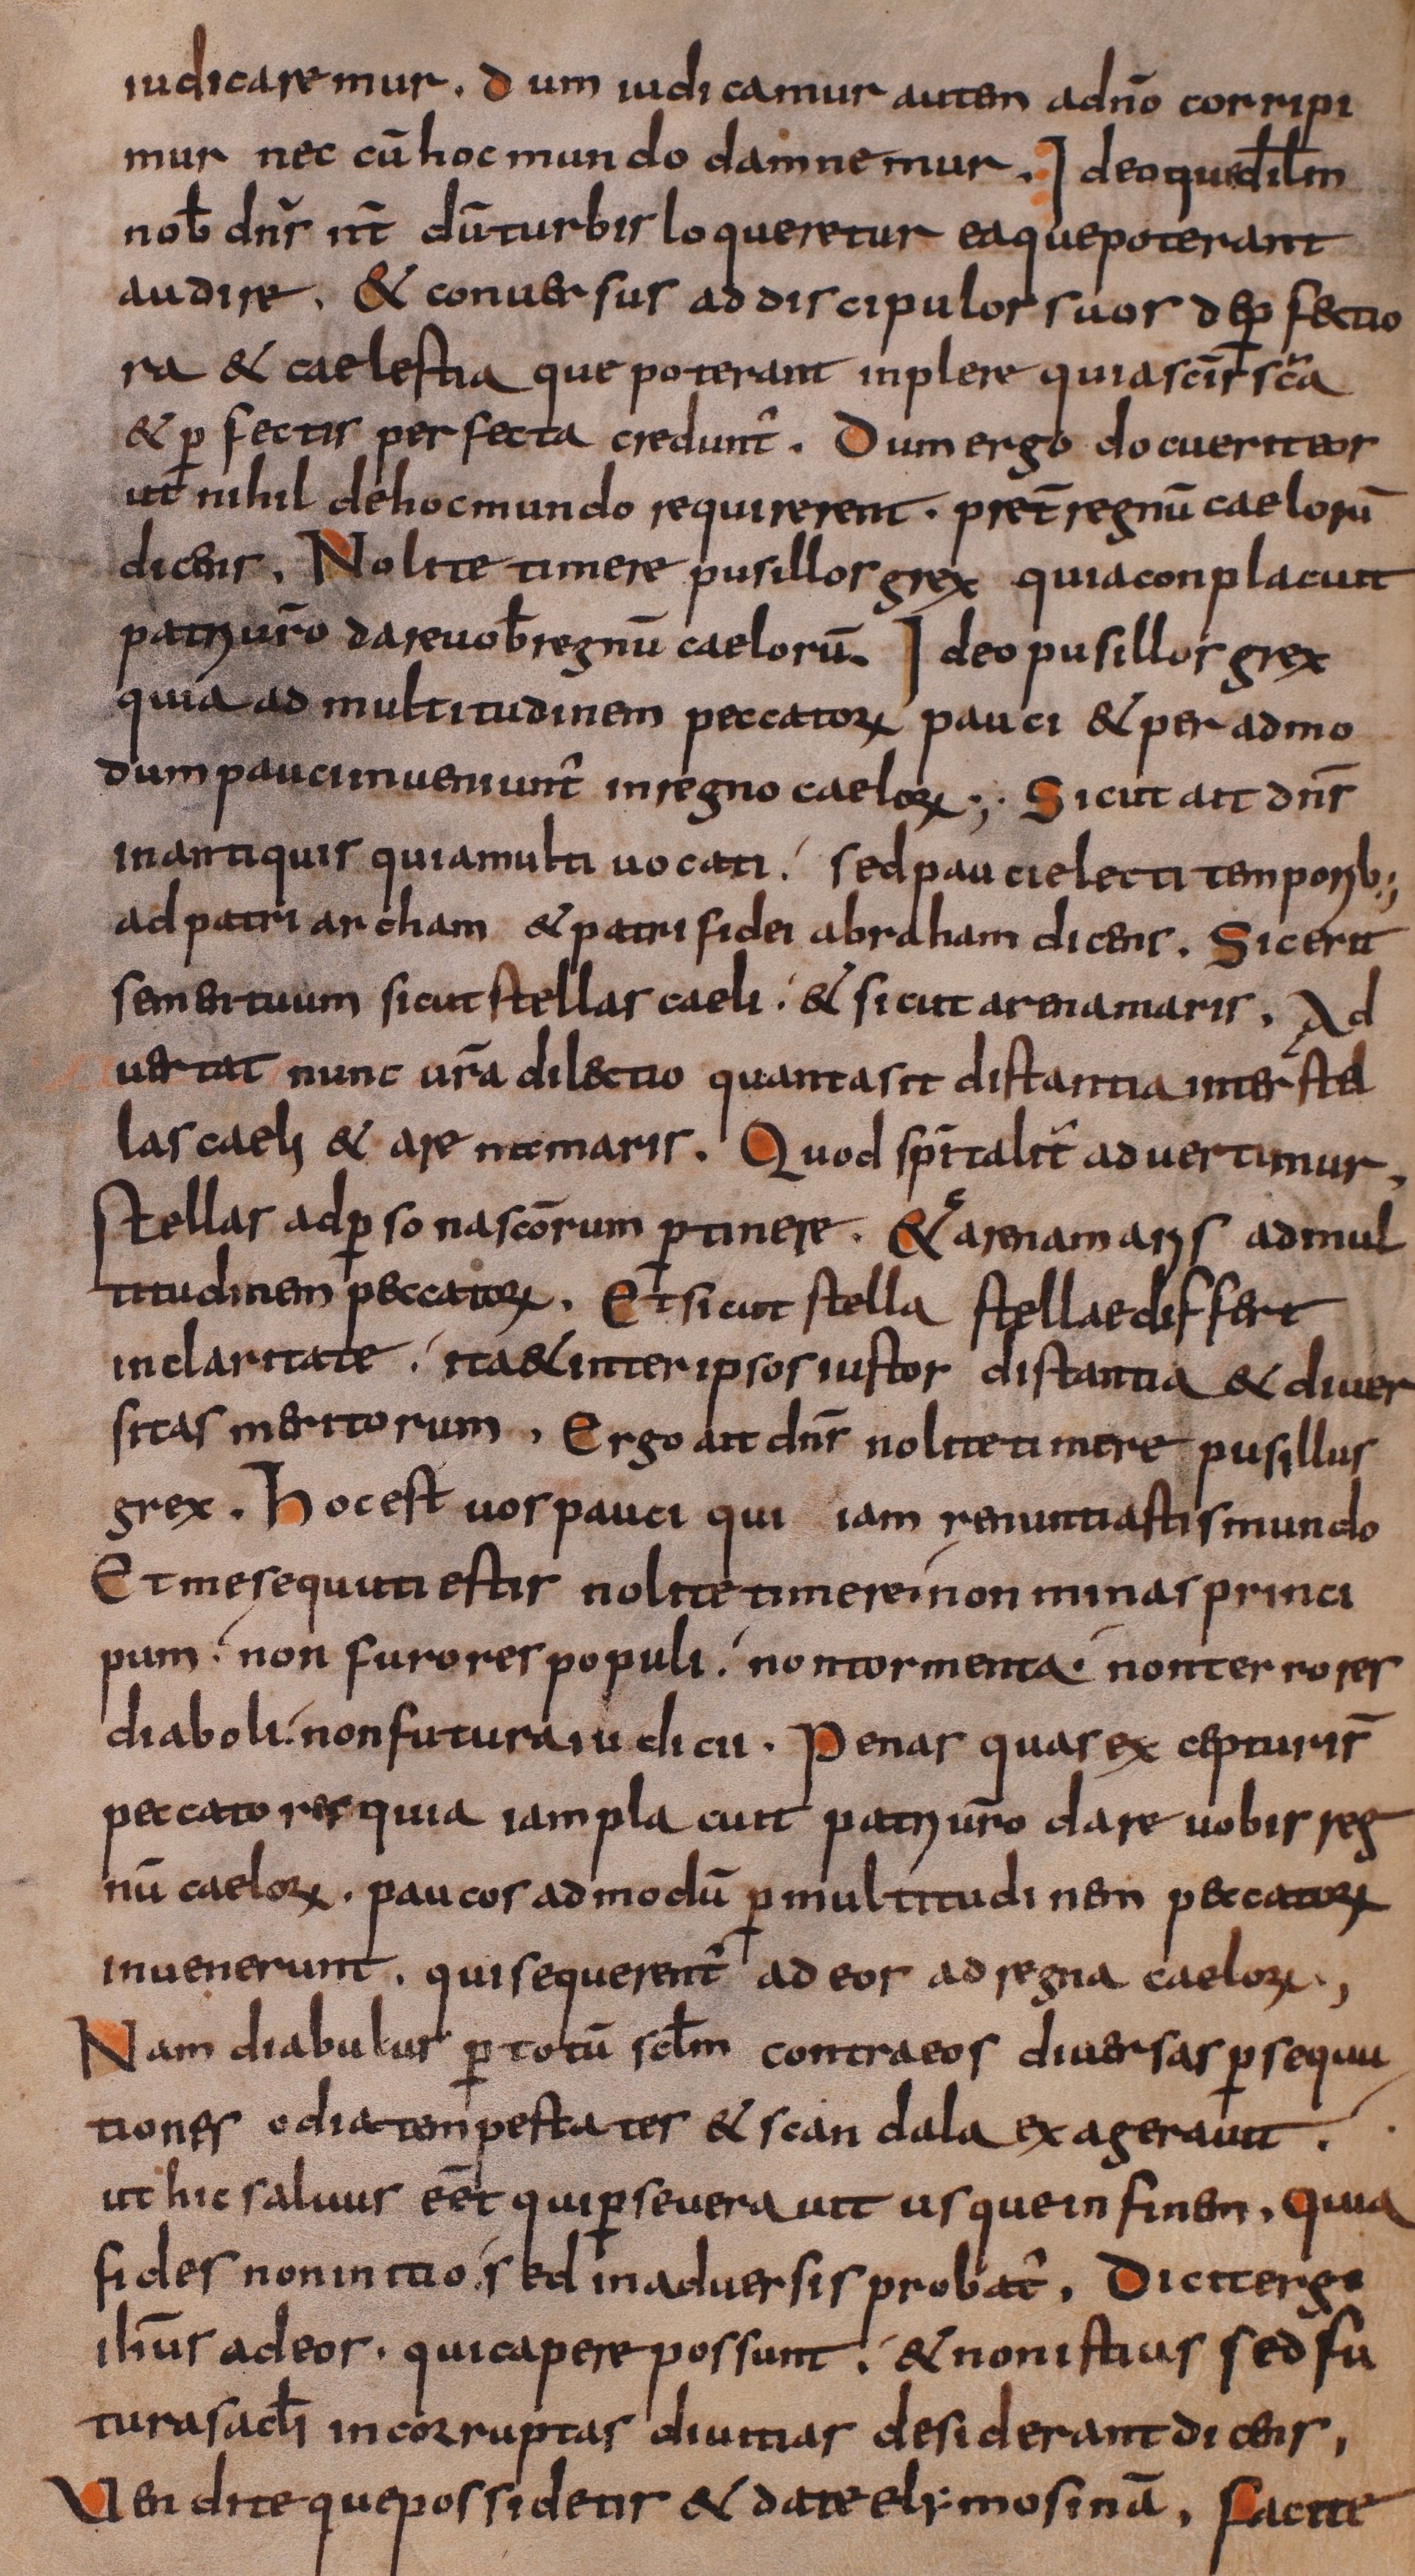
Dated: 800–849